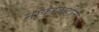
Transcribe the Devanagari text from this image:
नाकाकडील